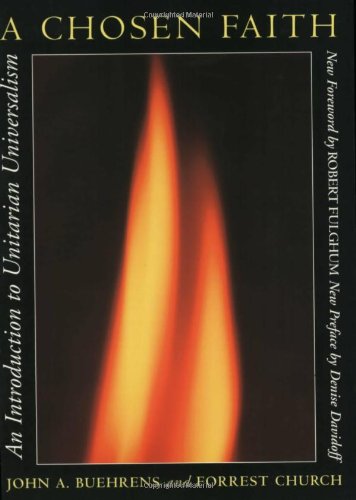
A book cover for A Chosen Faith: An Introduction to Unitarian Universalism; John Buehrens; Reference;